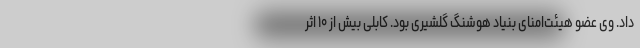
داد. وی عضو هیئت‌امنای بنیاد هوشنگ گلشیری بود. کابلی بیش از ۱۰ اثر